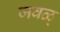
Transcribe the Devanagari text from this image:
जवळ्